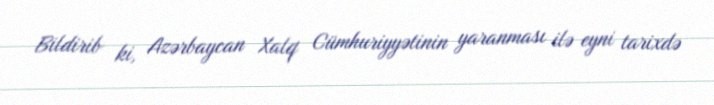
Bildirib ki, Azərbaycan Xalq Cümhuriyyətinin yaranması ilə eyni tarixdə